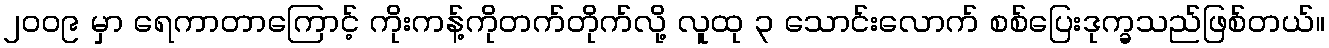
၂၀၀၉ မှာ ရေကာတာကြောင့် ကိုးကန့်ကိုတက်တိုက်လို့ လူထု ၃ သောင်းလောက် စစ်ပြေးဒုက္ခသည်ဖြစ်တယ်။